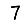
Digit: 7